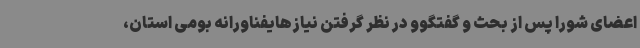
اعضای شورا پس از بحث و گفتگوو در نظر گرفتن نیازهایفناورانه بومی استان،